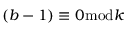
( b - 1 ) \equiv 0 { \bmod { k } }